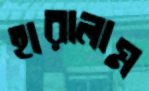
হারালাম